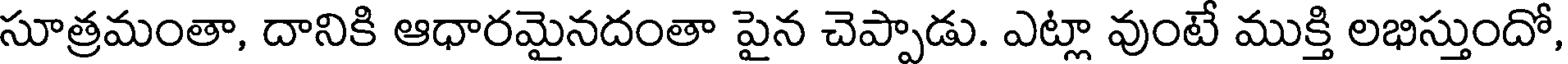
సూత్రమంతా, దానికి ఆధారమైనదంతా పైన చెప్పాడు. ఎట్లా వుంటే ముక్తి లభిస్తుందో